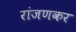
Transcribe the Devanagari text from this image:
रांजणकर